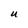
Character: U